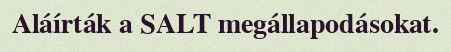
Aláírták a SALT megállapodásokat.